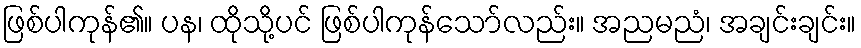
ဖြစ်ပါကုန်၏။ ပန၊ ထိုသို့ပင် ဖြစ်ပါကုန်သော်လည်း။ အညမညံ၊ အချင်းချင်း။